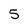
Character: 5